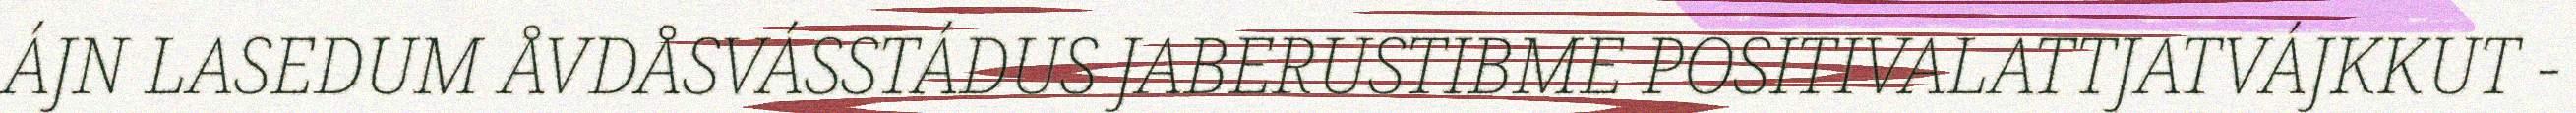
ÁJN LASEDUM ÅVDÅSVÁSSTÁDUS JABERUSTIBME POSITIVALATTJATVÁJKKUT -